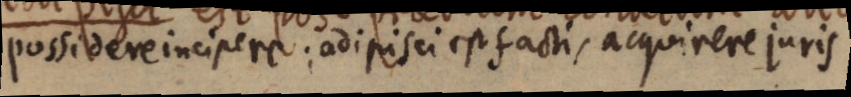
possidere incipere: adi pisei est facti, acquirere juris